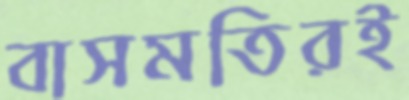
বাসমতিরই